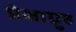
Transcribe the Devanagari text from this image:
प्रेक्षाग़्रुह